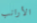
الأرانب